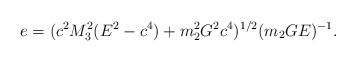
\begin{align*}e = (c^{2}M_{3}^{2}(E^{2} - c^{4}) + m_{2}^{2}G^{2}c^{4})^{1/2}(m_{2}GE)^{- 1}.\end{align*}